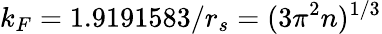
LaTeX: k_{F}=1.9191583/r_{s}=(3\pi^{2}n)^{1/3}